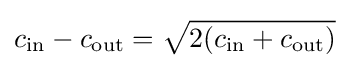
c_{\text{in}}-c_{\text{out}}={\sqrt {2(c_{\text{in}}+c_{\text{out}})}}